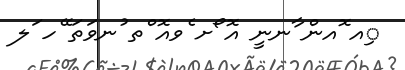
ިއ ޮއން ާނނީ އޮ ޯށ ެވއޮ ްތ ުނވަތަ ޭހ ަލ